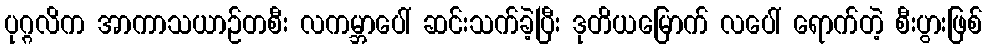
ပုဂ္ဂလိက အာကာသယာဉ်တစီး လကမ္ဘာပေါ် ဆင်းသက်ခဲ့ပြီး ဒုတိယမြောက် လပေါ် ရောက်တဲ့ စီးပွားဖြစ်